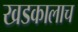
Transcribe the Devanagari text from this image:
खडकालाच